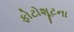
ફોટોશૂટના